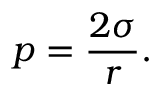
p = \frac { 2 \sigma } { r } .